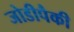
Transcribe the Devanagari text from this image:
जोडीपैकी